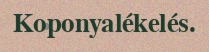
Koponyalékelés.